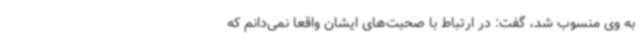
به وی منسوب شد، گفت: در ارتباط با صحبت‌های ایشان واقعاً نمی‌دانم که